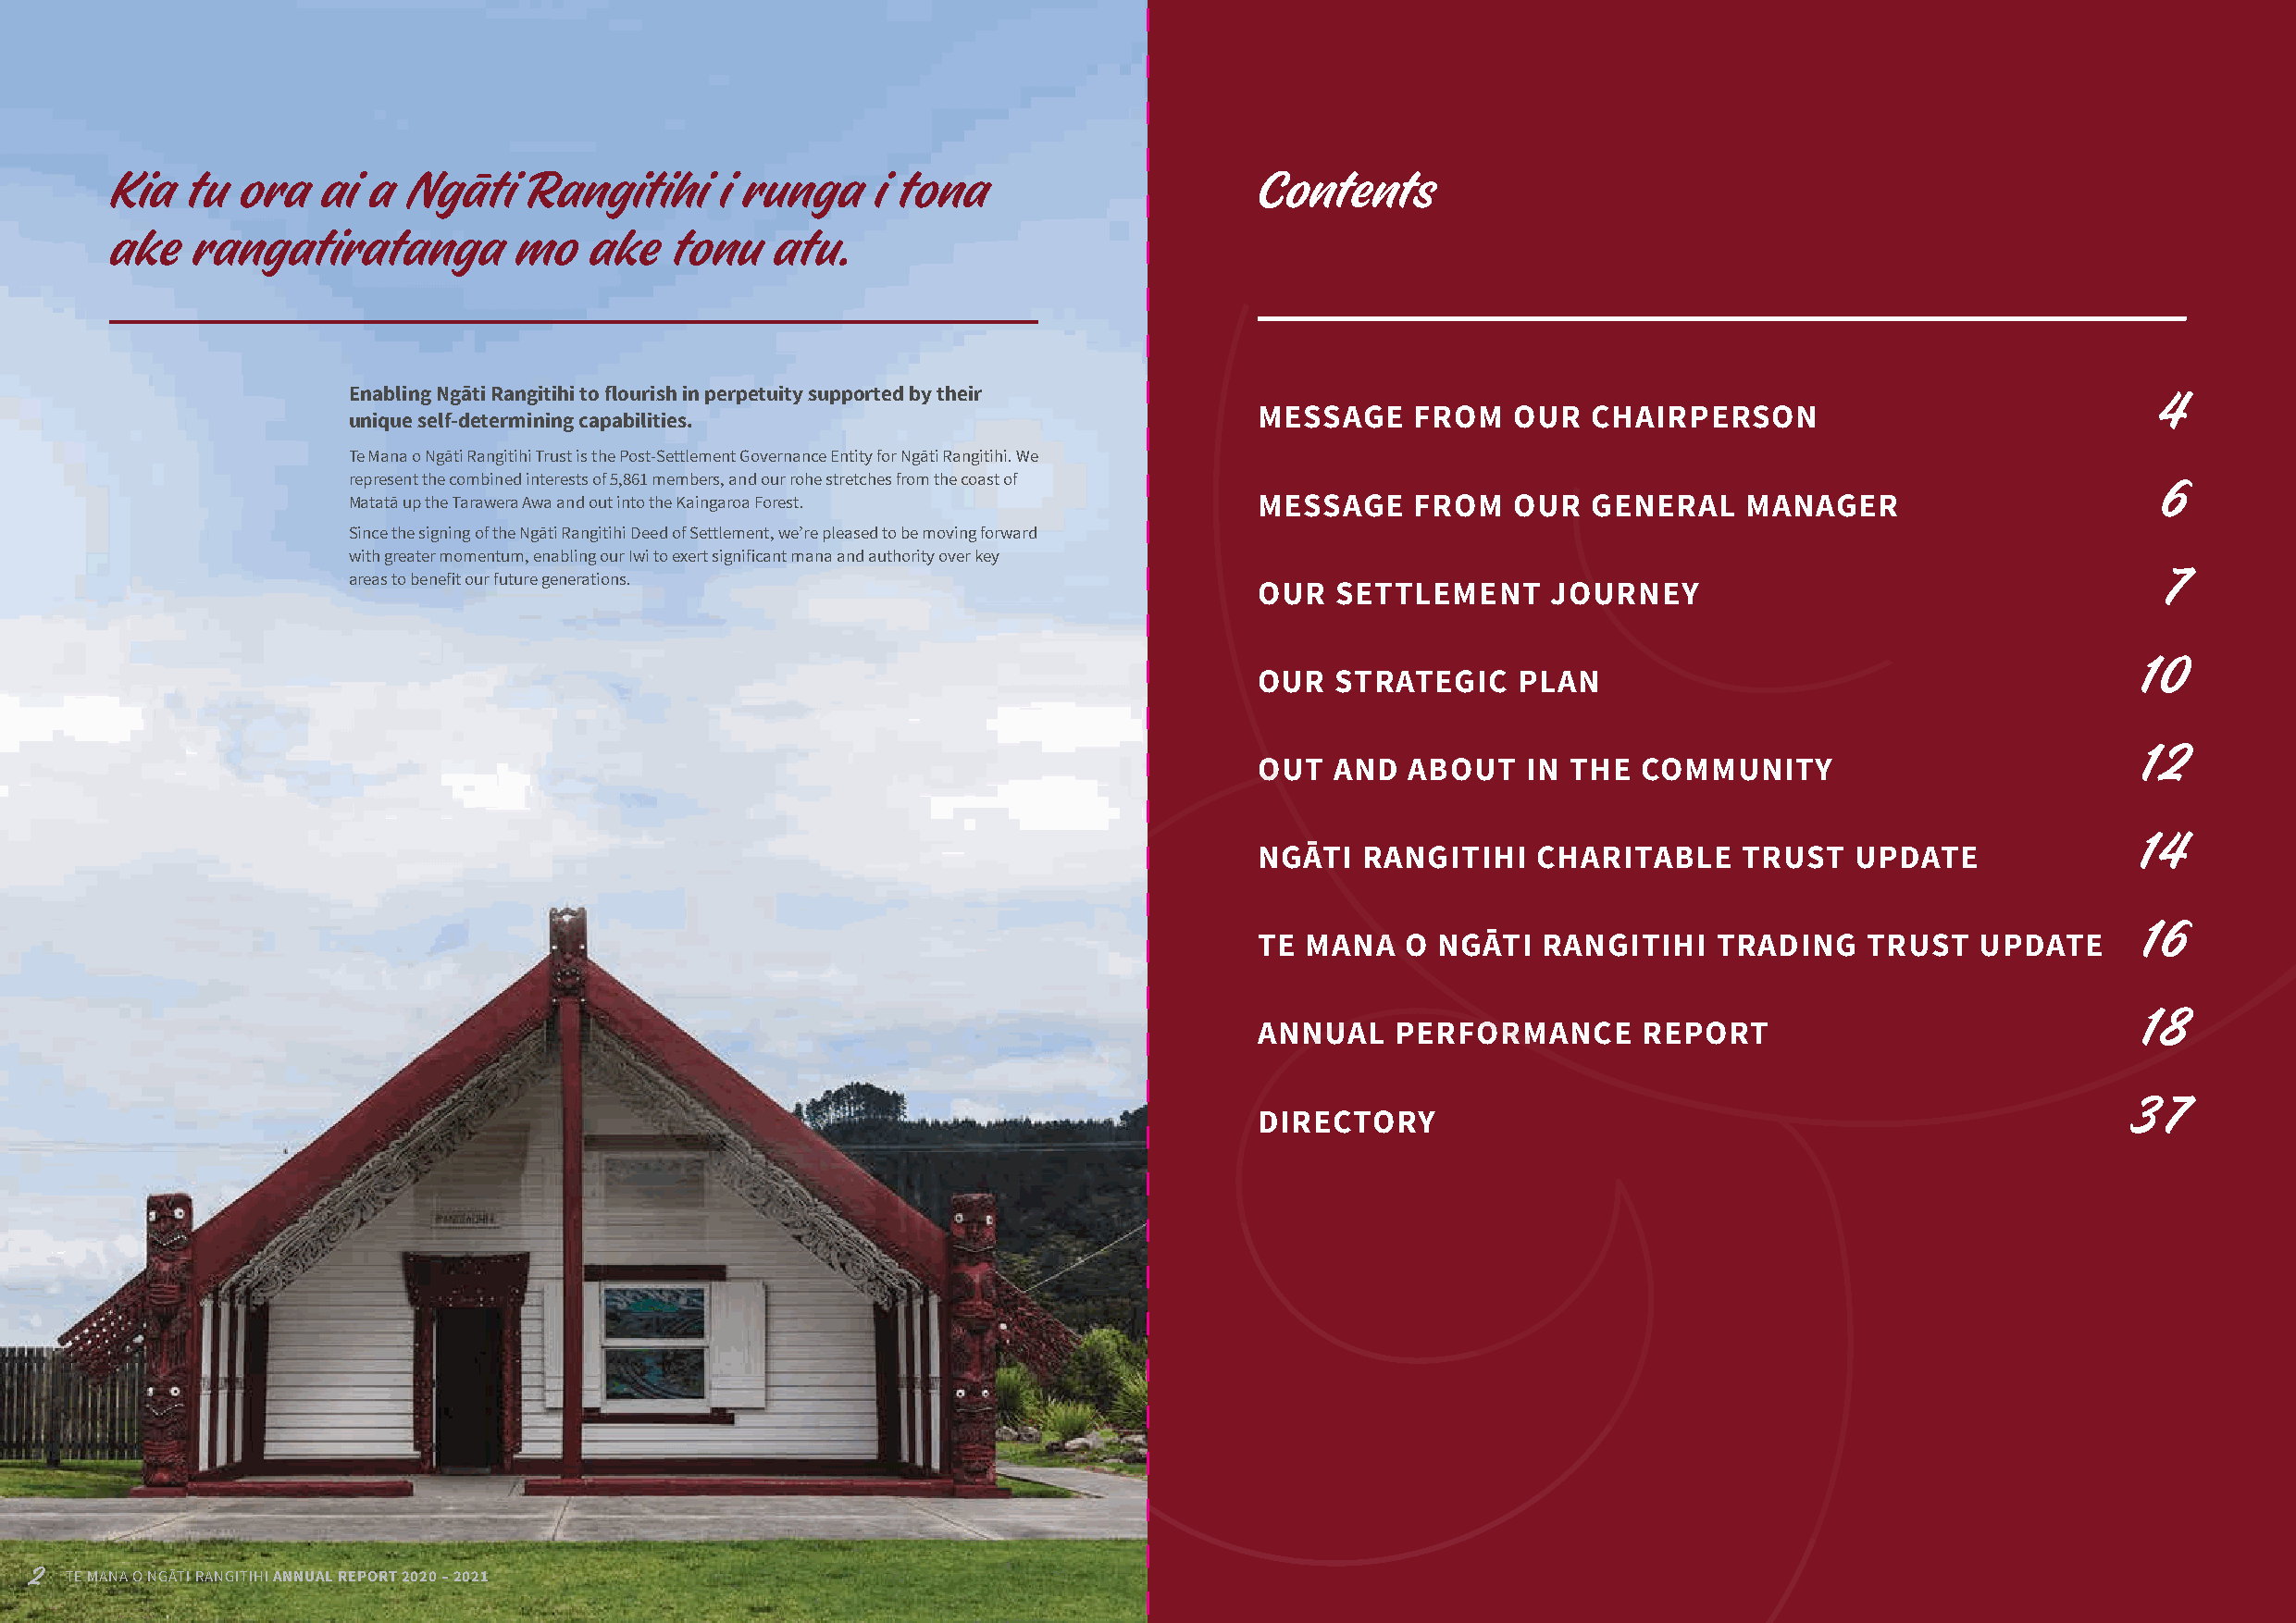
Kia  tu  ora   ai a  Ngāti    Rangitihi    i runga     i tona                     Contents
 ake   rangatiratanga         mo   ake   tonu   atu.
 Enabling Ngāti Rangitihi to flourish in perpetuity supported by their
 4
 MESSAGE    FROM   OUR   CHAIRPERSON
 unique self-determining capabilities.
 Te Mana o Ngāti Rangitihi Trust is the Post-Settlement Governance Entity for Ngāti Rangitihi. We
 represent the combined interests of 5,861 members, and our rohe stretches from the coast of
 6
 Matatā up the Tarawera Awa and out into the Kaingaroa Forest.    MESSAGE    FROM   OUR   GENERAL    MANAGER
 Since the signing of the Ngāti Rangitihi Deed of Settlement, we’re pleased to be moving forward
 with greater momentum, enabling our Iwi to exert significant mana and authority over key
 areas to benefit our future generations.                                                                                         7
 OUR  SETTLEMENT      JOURNEY
 10
 OUR  STRATEGIC     PLAN
 12
 OUT  AND   ABOUT   IN THE  COMMUNITY
 14
 NGĀTI  RANGITIHI    CHARITABLE     TRUST   UPDATE
 16
 TE MANA   O  NGĀTI  RANGITIHI    TRADING    TRUST   UPDATE
 18
 ANNUAL    PERFORMANCE      REPORT
 37
 DIRECTORY
 2  TE MANA O NGĀTI RANGITIHI ANNUAL REPORT 2020 – 2021                                                                                                SECTION TITLE 3